Vaccination in the Punjab 1883-1896 - 1883-1896
Year: 1883
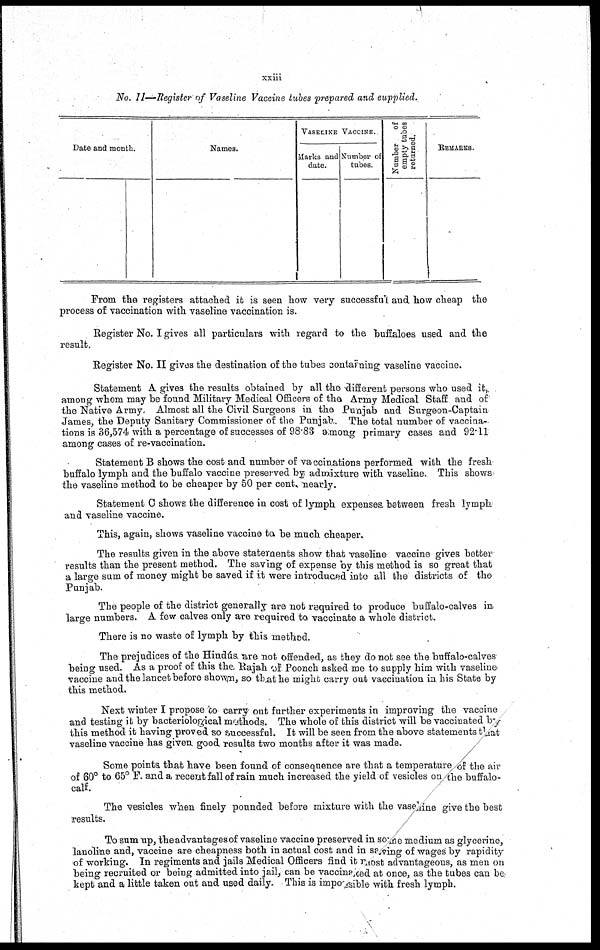
xxiii
No. 11—Register of Vaseline Vaccine tubes prepared and eupplied.
Date and month.
Names.
VASELINE VACCINE.
Marks and
date.
Number of
tubes.
Number
of
empty tubes
returned.
REMARKS.
i
From the registers attached it is seen how very successful and how cheap the
process of vaccination with vaseline vaccination is.
Register No. I gives all particulars with regard to the buffaloes used and the
result,
Register No. II gives the destination of the tubes contarning vaseline vaccine.
Statement A gives the results obtained by all the different persons who used it,
among whom may be found Military Medical Officers of the Army Medical Staff and of
the Native Army. Almost all the Civil Surgeons in the Punjab and Surgeon-Captain
James, the Deputy Sanitary Commissioner of the Punjab. The total number of vaccina-
tions is 36,574 with a percentage of successes of 98.83 among primary cases and 92.11
among cases of re-vaccination.
Statement B shows the cost and number of vaccinations performed with the fresh
buffalo lymph and the buffalo vaccine preserved by admixture with vaseline. This shows
the vaseline method to be cheaper by 50 per cent. nearly.
Statement C shows the difference in cost of 1ymph expenses between fresh lymph
and vaseline vaccine.
This, again, shows vaseline vaccine to. be much cheaper.
The results given in the above statements show that vaseline vaccine gives better
results than the present method. The saving of expense by this method is so great that
a large sum of money might be saved if it were introduced into all the districts of the
Punjab.
The people of the district generally are not required to produce buffalo-calves in
large numbers. A few calves only are required to vaccinate a whole district.
There is no waste of lymph by this method.
The prejudices of the Hindús are not offended, as they do not see the buffalo-calves
being used. As a proof of this the Rajah of Poonch asked me to supply him with vaseline
vaccine and the lancet before shown, so that he might carry out vaccination in his State by
this method.
Next winter I propose to carry out further experiments in improving the vaccine
and testing it by bacteriological methods. The whole of this district will be vaccinated by
this method it having proved so successful. It will be seen from the above statements that
vaseline vaccine has given good results two months after it was made.
Some points that have been found of consequence are that a temperature of the air
of 60° to 65° F.and a recent fall of rain much increased the yield of vesicles on the buffalo-
calf.
The vesicles when finely pounded before mixture with the vaseline give the best
results.
To sum up, the advantages of vaseline vaccine preserved in so the medium as glycerine,
lanoline and, vaccine are cheapness both in actual cost and in saving of wages by rapidity
of working. In regiments and jails Medical Officers find it most advantageous, as men on
being recruited or being admitted into jail, can be vaccinated at once, as the tubes can be
kept and a little taken out and used daily. This is impossible with fresh lymph.